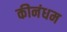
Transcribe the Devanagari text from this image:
कीनंधम